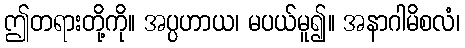
ဤတရားတို့ကို။ အပ္ပဟာယ၊ မပယ်မူ၍။ အနာဂါမိစလံ၊